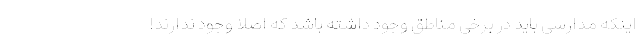
اینکه مدارسی باید در برخی مناطق وجود داشته باشد که اصلا وجود ندارند!